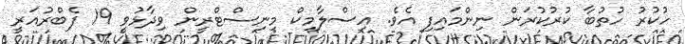
ހުކުރު ހުތުބާ ކުރުކުރަން ނިންމައިފި އެވެ. އިސްލާމިކް މިނިސްޓްރީން ވިދާޅުވީ 19 ފެބްރުއަރީ